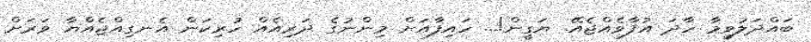
ބައްދަލުވީމާ ހާދަ އުފާވެއްޖެއޭ. ޔަގީން!... ހައިފާއަށް މިންނުގެ ދަރިއެއް ހުރިކަން އެނގިއްޖެއްޔާ ވަރަށް